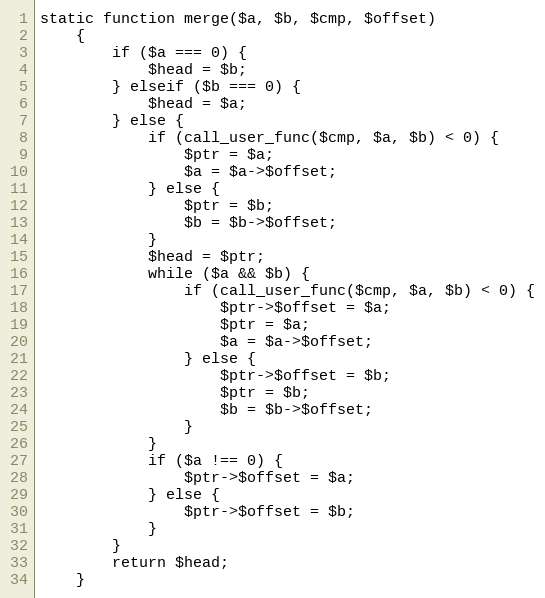
Language: PHP
static function merge($a, $b, $cmp, $offset)
    {
        if ($a === 0) {
            $head = $b;
        } elseif ($b === 0) {
            $head = $a;
        } else {
            if (call_user_func($cmp, $a, $b) < 0) {
                $ptr = $a;
                $a = $a->$offset;
            } else {
                $ptr = $b;
                $b = $b->$offset;
            }
            $head = $ptr;
            while ($a && $b) {
                if (call_user_func($cmp, $a, $b) < 0) {
                    $ptr->$offset = $a;
                    $ptr = $a;
                    $a = $a->$offset;
                } else {
                    $ptr->$offset = $b;
                    $ptr = $b;
                    $b = $b->$offset;
                }
            }
            if ($a !== 0) {
                $ptr->$offset = $a;
            } else {
                $ptr->$offset = $b;
            }
        }
        return $head;
    }